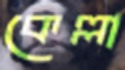
কেল্লা